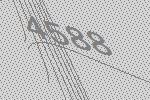
4588